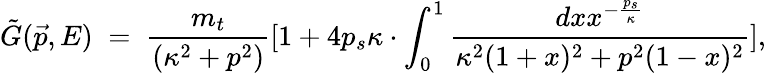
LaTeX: \tilde{G}(\vec{p},E)\; =\; \frac{m_{t}}{(\kappa^{2}+p^{2})}[1+4p_{s}\kappa\cdot\int_{0}^{1}\frac{dxx^{-\frac{p_{s}}{\kappa}}}{\kappa^{2}(1+x)^{2}+p^{2}(1-x)^{2}}],